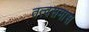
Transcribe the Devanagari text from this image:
तत्वसमास